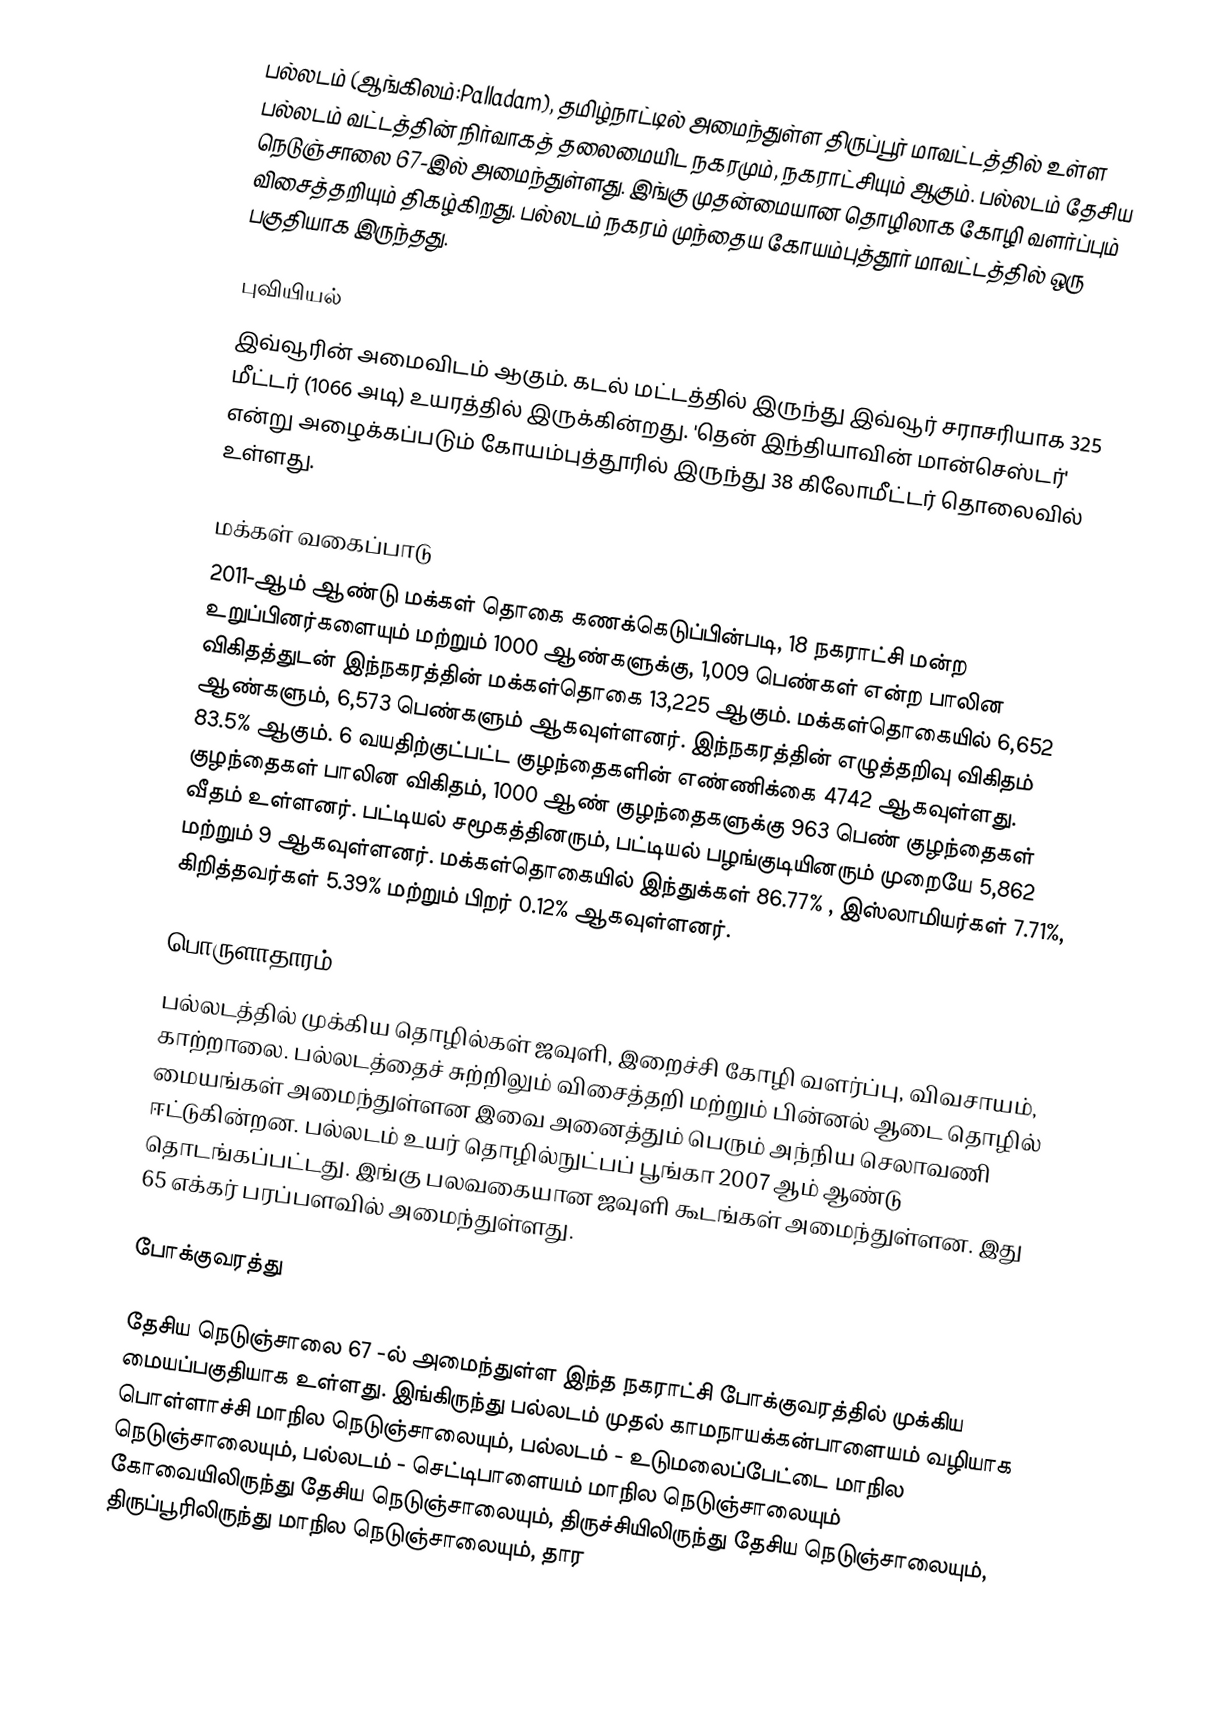
பல்லடம் (ஆங்கிலம்:Palladam),   தமிழ்நாட்டில் அமைந்துள்ள திருப்பூர் மாவட்டத்தில் உள்ள பல்லடம் வட்டத்தின் நிர்வாகத் தலைமையிட நகரமும், நகராட்சியும் ஆகும். பல்லடம் தேசிய நெடுஞ்சாலை 67-இல் அமைந்துள்ளது. இங்கு முதன்மையான தொழிலாக கோழி வளர்ப்பும் விசைத்தறியும் திகழ்கிறது. பல்லடம் நகரம் முந்தைய கோயம்புத்தூர் மாவட்டத்தில் ஒரு பகுதியாக இருந்தது.

புவியியல்
இவ்வூரின் அமைவிடம்  ஆகும். கடல் மட்டத்தில் இருந்து இவ்வூர் சராசரியாக 325 மீட்டர் (1066 அடி) உயரத்தில் இருக்கின்றது. 'தென் இந்தியாவின் மான்செஸ்டர்'  என்று அழைக்கப்படும் கோயம்புத்தூரில் இருந்து 38 கிலோமீட்டர் தொலைவில் உள்ளது.

மக்கள் வகைப்பாடு
2011-ஆம் ஆண்டு மக்கள் தொகை கணக்கெடுப்பின்படி, 18 நகராட்சி மன்ற உறுப்பினர்களையும் மற்றும் 1000 ஆண்களுக்கு, 1,009  பெண்கள் என்ற  பாலின விகிதத்துடன் இந்நகரத்தின் மக்கள்தொகை 13,225 ஆகும். மக்கள்தொகையில் 6,652  ஆண்களும், 6,573 பெண்களும் ஆகவுள்ளனர். இந்நகரத்தின் எழுத்தறிவு விகிதம்  83.5% ஆகும். 6 வயதிற்குட்பட்ட குழந்தைகளின் எண்ணிக்கை 4742 ஆகவுள்ளது. குழந்தைகள் பாலின விகிதம், 1000 ஆண் குழந்தைகளுக்கு 963   பெண் குழந்தைகள் வீதம் உள்ளனர். பட்டியல் சமூகத்தினரும், பட்டியல் பழங்குடியினரும் முறையே 5,862  மற்றும் 9 ஆகவுள்ளனர். மக்கள்தொகையில் இந்துக்கள் 86.77% ,  இஸ்லாமியர்கள் 7.71%, கிறித்தவர்கள் 5.39%   மற்றும்  பிறர் 0.12% ஆகவுள்ளனர்.

பொருளாதாரம்
பல்லடத்தில் முக்கிய தொழில்கள் ஜவுளி, இறைச்சி கோழி வளர்ப்பு, விவசாயம், காற்றாலை. பல்லடத்தைச் சுற்றிலும் விசைத்தறி மற்றும் பின்னல் ஆடை தொழில் மையங்கள் அமைந்துள்ளன இவை அனைத்தும் பெரும் அந்நிய செலாவணி ஈட்டுகின்றன. பல்லடம் உயர் தொழில்நுட்பப் பூங்கா 2007 ஆம் ஆண்டு தொடங்கப்பட்டது. இங்கு பலவகையான ஜவுளி கூடங்கள் அமைந்துள்ளன. இது 65 எக்கர் பரப்பளவில் அமைந்துள்ளது.

போக்குவரத்து

தேசிய நெடுஞ்சாலை 67 -ல் அமைந்துள்ள இந்த நகராட்சி போக்குவரத்தில் முக்கிய மையப்பகுதியாக உள்ளது. இங்கிருந்து பல்லடம் முதல் காமநாயக்கன்பாளையம் வழியாக பொள்ளாச்சி  மாநில நெடுஞ்சாலையும், பல்லடம் - உடுமலைப்பேட்டை மாநில நெடுஞ்சாலையும், பல்லடம் - செட்டிபாளையம் மாநில நெடுஞ்சாலையும் கோவையிலிருந்து தேசிய நெடுஞ்சாலையும், திருச்சியிலிருந்து தேசிய நெடுஞ்சாலையும், திருப்பூரிலிருந்து மாநில நெடுஞ்சாலையும், தார